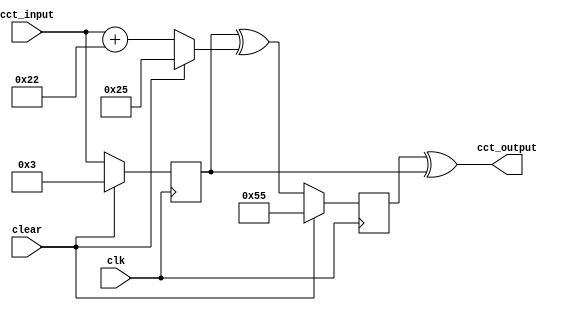
module student_circuit_Q3 (
          input clk, clear,
          input [7:0] cct_input,
          output reg [7:0] cct_output
			 );

reg [7:0] reg1, reg2, adder_out;

always @ (posedge clk)
if (clear == 1'b1) reg1 = 8'b11;
else reg1 = cct_input;

always @ *
if (clear == 1'b1) adder_out = 8'b11 + 8'h22;
else adder_out = cct_input + 8'h22;

always @ (posedge clk)
if (clear == 1'b1) reg2 = 8'h55;
else reg2 = (reg1 ^ adder_out);

always @ *
cct_output = (reg2 ^ reg1);

endmodule